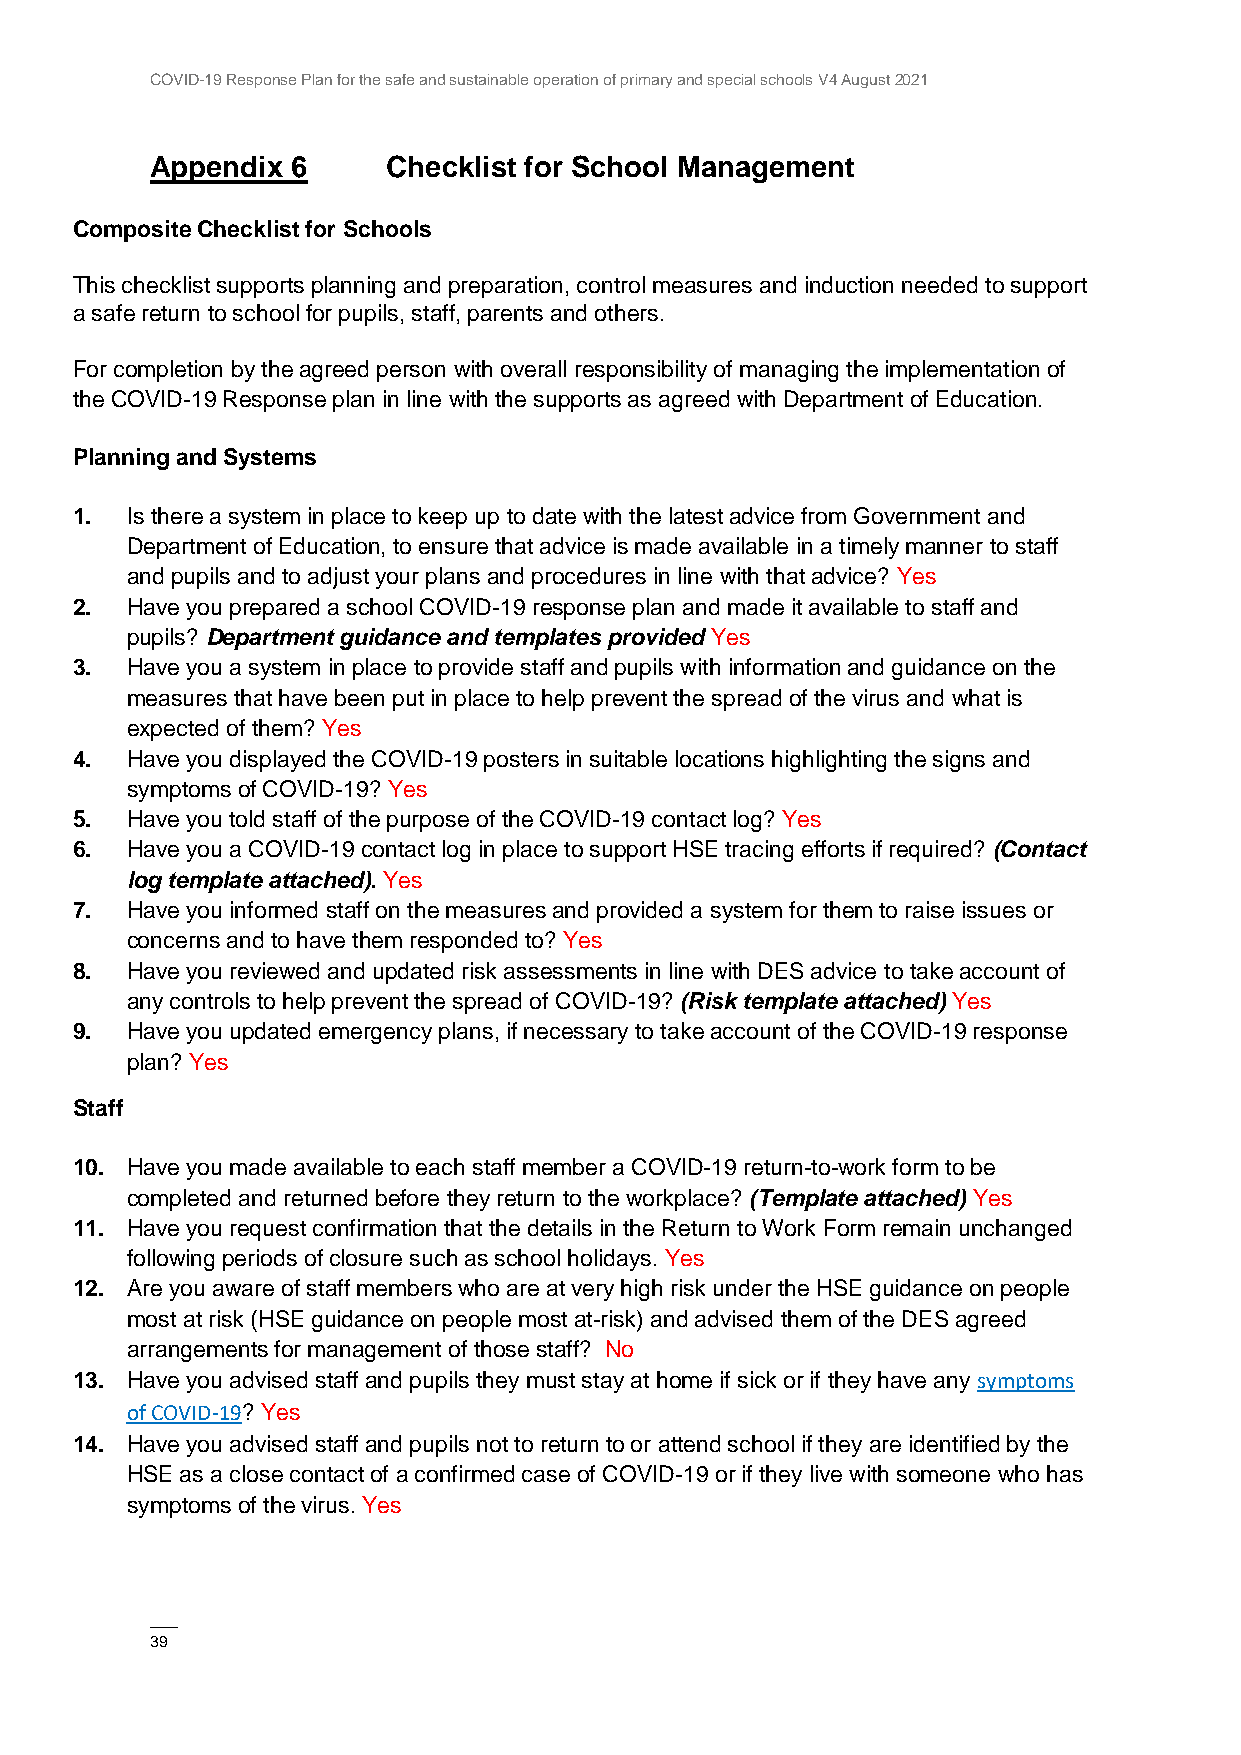
COVID-19 Response Plan for the safe and sustainable operation of primary and special schools V4 August 2021
 Appendix 6      Checklist for School Management
 Composite Checklist for Schools
 This checklist supports planning and preparation, control measures and induction needed to support
 a safe return to school for pupils, staff, parents and others.
 For completion by the agreed person with overall responsibility of managing the implementation of
 the COVID-19 Response plan in line with the supports as agreed with Department of Education.
 Planning and Systems
 1. Is there a system in place to keep up to date with the latest advice from Government and
 Department of Education, to ensure that advice is made available in a timely manner to staff
 and pupils and to adjust your plans and procedures in line with that advice? Yes
 2. Have you prepared a school COVID-19 response plan and made it available to staff and
 pupils? Department guidance and templates provided Yes
 3. Have you a system in place to provide staff and pupils with information and guidance on the
 measures that have been put in place to help prevent the spread of the virus and what is
 expected of them? Yes
 4. Have you displayed the COVID-19 posters in suitable locations highlighting the signs and
 symptoms of COVID-19? Yes
 5. Have you told staff of the purpose of the COVID-19 contact log? Yes
 6. Have you a COVID-19 contact log in place to support HSE tracing efforts if required? (Contact
 log template attached). Yes
 7. Have you informed staff on the measures and provided a system for them to raise issues or
 concerns and to have them responded to? Yes
 8. Have you reviewed and updated risk assessments in line with DES advice to take account of
 any controls to help prevent the spread of COVID-19? (Risk template attached) Yes
 9. Have you updated emergency plans, if necessary to take account of the COVID-19 response
 plan? Yes
 Staff
 10. Have you made available to each staff member a COVID-19 return-to-work form to be
 completed and returned before they return to the workplace? (Template attached) Yes
 11. Have you request confirmation that the details in the Return to Work Form remain unchanged
 following periods of closure such as school holidays. Yes
 12. Are you aware of staff members who are at very high risk under the HSE guidance on people
 most at risk (HSE guidance on people most at-risk) and advised them of the DES agreed
 arrangements for management of those staff? No
 13. Have you advised staff and pupils they must stay at home if sick or if they have any symptoms
 of COVID-19? Yes
 14. Have you advised staff and pupils not to return to or attend school if they are identified by the
 HSE as a close contact of a confirmed case of COVID-19 or if they live with someone who has
 symptoms of the virus. Yes
 ——
 39